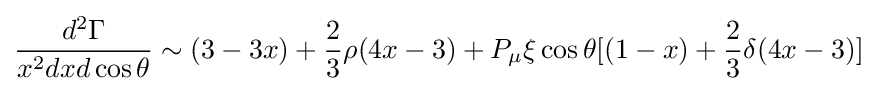
{\frac {d^{2}\Gamma }{x^{2}dxd\cos \theta }}\sim (3-3x)+{\frac {2}{3}}\rho (4x-3)+P_{\mu }\xi \cos \theta [(1-x)+{\frac {2}{3}}\delta (4x-3)]